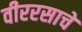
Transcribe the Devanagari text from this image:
वीररसाचे